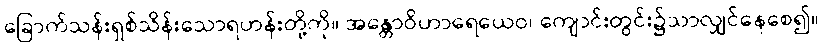
ခြောက်သန်းရှစ်သိန်းသောရဟန်းတို့ကို။ အန္တောဝိဟာရေယေဝ၊ ကျောင်းတွင်း၌သာလျှင်နေစေ၍။